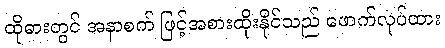
ထိုဓားတွင် အနာစက် ဖြင့်အစားထိုးနိုင်သည် ဖောက်လုပ်ထား